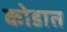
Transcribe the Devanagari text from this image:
कोडात